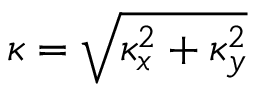
\kappa = \sqrt { \kappa _ { x } ^ { 2 } + \kappa _ { y } ^ { 2 } }